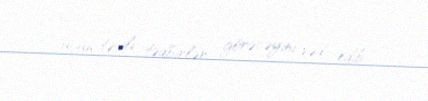
üçün təcili tədbirlər görəcəyini vəd edib.